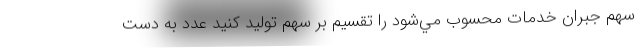
سهم جبران خدمات محسوب مي‌شود را تقسيم بر سهم توليد كنيد عدد به دست